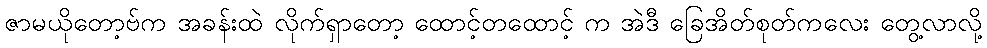
ဇာမယိုတော့ဗ်က အခန်းထဲ လိုက်ရှာတော့ ထောင့်တထောင့် က အဲဒီ ခြေအိတ်စုတ်ကလေး တွေ့လာလို့